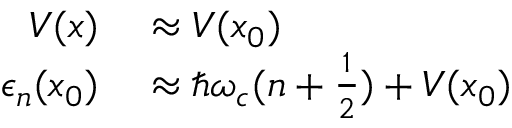
\begin{array} { r l } { V ( x ) } & { { } \approx V ( x _ { 0 } ) } \\ { \epsilon _ { n } ( x _ { 0 } ) } & { { } \approx \hbar \omega _ { c } ( n + \frac { 1 } { 2 } ) + V ( x _ { 0 } ) } \end{array}